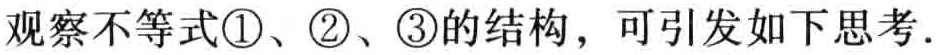
观察不等式\textcircled{1}、\textcircled{2}、\textcircled{3}的结构，可引发如下思考.